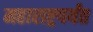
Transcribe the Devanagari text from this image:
महाराष्ट्रपर्यंत